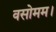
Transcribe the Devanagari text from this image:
वसोमम।